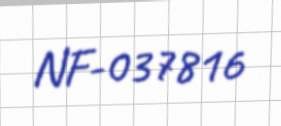
NF-037816